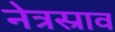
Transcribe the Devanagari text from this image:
नेत्रस्राव